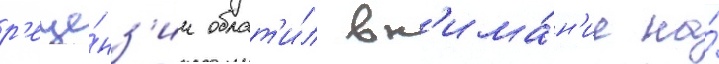
р'еце́нз'ии обрат'и́л вн'има́н'ие на́